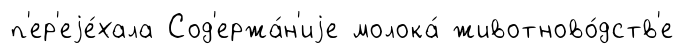
п'ер'еjе́хала Сод'ержа́н'иjе молока́ животново́дств'е